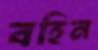
বহিন